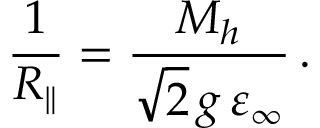
\frac { 1 } { R _ { \parallel } } = \frac { M _ { h } } { \sqrt { 2 } \, g \, \varepsilon _ { \infty } } \, .